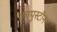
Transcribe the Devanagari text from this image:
कापुस्टीन